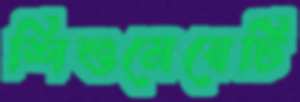
শিশুমেয়েটি